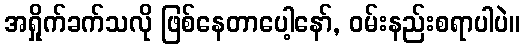
အရှိုက်ခက်သလို ဖြစ်နေတာပေါ့နော်, ဝမ်းနည်းစရာပါပဲ။